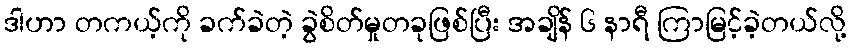
ဒါဟာ တကယ့်ကို ခက်ခဲတဲ့ ခွဲစိတ်မှုတခုဖြစ်ပြီး အချိန် ၆ နာရီ ကြာမြင့်ခဲ့တယ်လို့